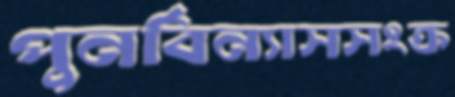
পুনর্বিন্যাসসংক্র